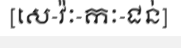
[សេ-វ៉ៈ-កៈ-ជន់]